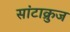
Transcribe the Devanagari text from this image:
सांटाक्रुज